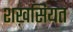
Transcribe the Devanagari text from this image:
शख़सियत